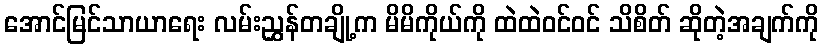
အောင်မြင်သာယာရေး လမ်းညွှန်တချို့က မိမိကိုယ်ကို ထဲထဲဝင်ဝင် သိစိတ် ဆိုတဲ့အချက်ကို